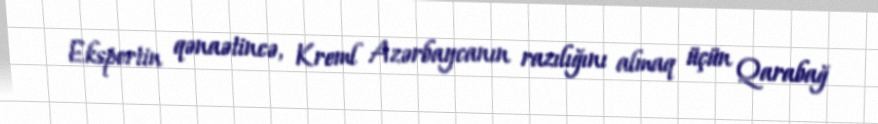
Ekspertin qənaətincə, Kreml Azərbaycanın razılığını almaq üçün Qarabağ